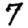
Digit: 7